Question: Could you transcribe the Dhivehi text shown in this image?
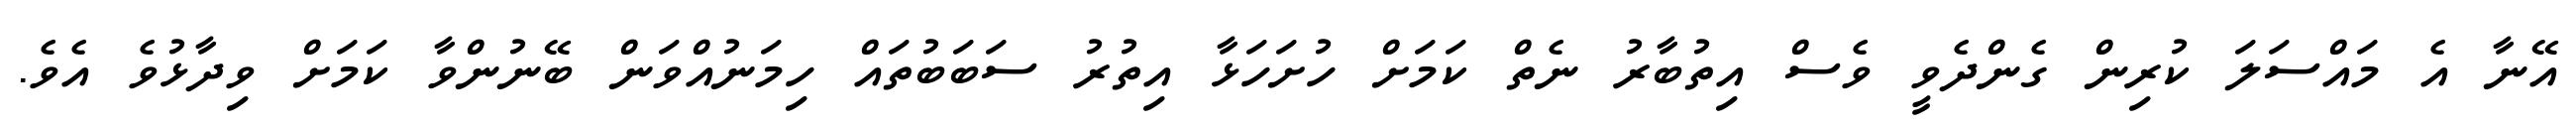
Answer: އޭނާ އެ މައްސަލަ ކުރިން ގެންދެވީ ވެސް އިތުބާރު ނެތް ކަމަށް ހުށަހަޅާ އިތުރު ސަބަބުތައް ހިމަނުއްވަން ބޭނުންވާ ކަމަށް ވިދާޅުވެ އެވެ.